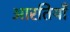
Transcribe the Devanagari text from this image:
आरतियाँ